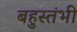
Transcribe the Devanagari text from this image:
बहुस्तंभी